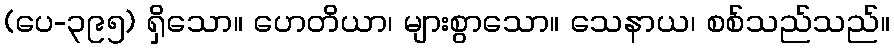
(ပေ-၃၉၅) ရှိသော။ ဟေတိယာ၊ များစွာသော။ သေနာယ၊ စစ်သည်သည်။